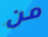
من